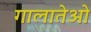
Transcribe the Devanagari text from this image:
गालातेओ